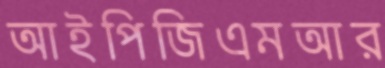
আইপিজিএমআর